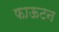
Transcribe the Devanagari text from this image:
फाऊटन